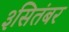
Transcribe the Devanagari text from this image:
३सितंबर